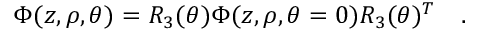
\Phi ( z , \rho , \theta ) = R _ { 3 } ( \theta ) \Phi ( z , \rho , \theta = 0 ) R _ { 3 } ( \theta ) ^ { T } \quad .